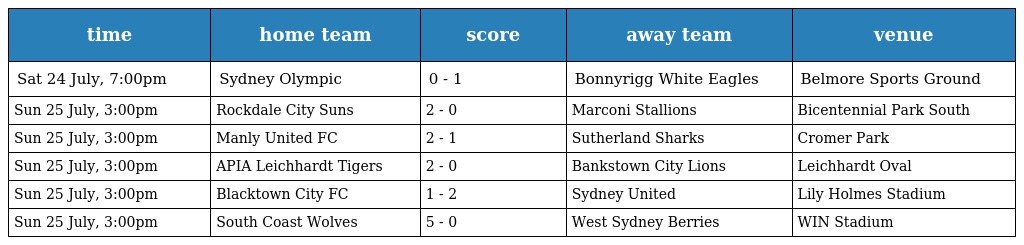
| time | home team | score | away team | venue |
 | --- | --- | --- | --- | --- |
 | Sat 24 July, 7:00pm | Sydney Olympic | 0 - 1 | Bonnyrigg White Eagles | Belmore Sports Ground |
 | Sun 25 July, 3:00pm | Rockdale City Suns | 2 - 0 | Marconi Stallions | Bicentennial Park South |
 | Sun 25 July, 3:00pm | Manly United FC | 2 - 1 | Sutherland Sharks | Cromer Park |
 | Sun 25 July, 3:00pm | APIA Leichhardt Tigers | 2 - 0 | Bankstown City Lions | Leichhardt Oval |
 | Sun 25 July, 3:00pm | Blacktown City FC | 1 - 2 | Sydney United | Lily Holmes Stadium |
 | Sun 25 July, 3:00pm | South Coast Wolves | 5 - 0 | West Sydney Berries | WIN Stadium |